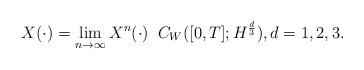
LaTeX: \begin{align*}X ( \cdot )=\lim_{n\rightarrow\infty}X^{n}( \cdot )\;\;C_W([0,T];H^{\frac d3}), d=1,2,3.\end{align*}